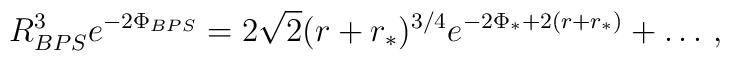
R^3_{BPS} e^{-2\Phi_{BPS}} =2\sqrt{2} (r + r_*)^{3/4} e^{-2 \Phi_* + 2(r + r_*)} + \ldots\,,